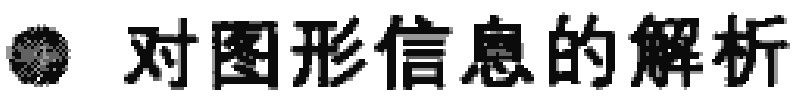
\textbullet\ 对图形信息的解析